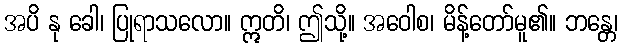
အပိ နု ခေါ၊ ပြုရာသလော။ ဣတိ၊ ဤသို့။ အဝေါစ၊ မိန့်တော်မူ၏။ ဘန္တေ၊